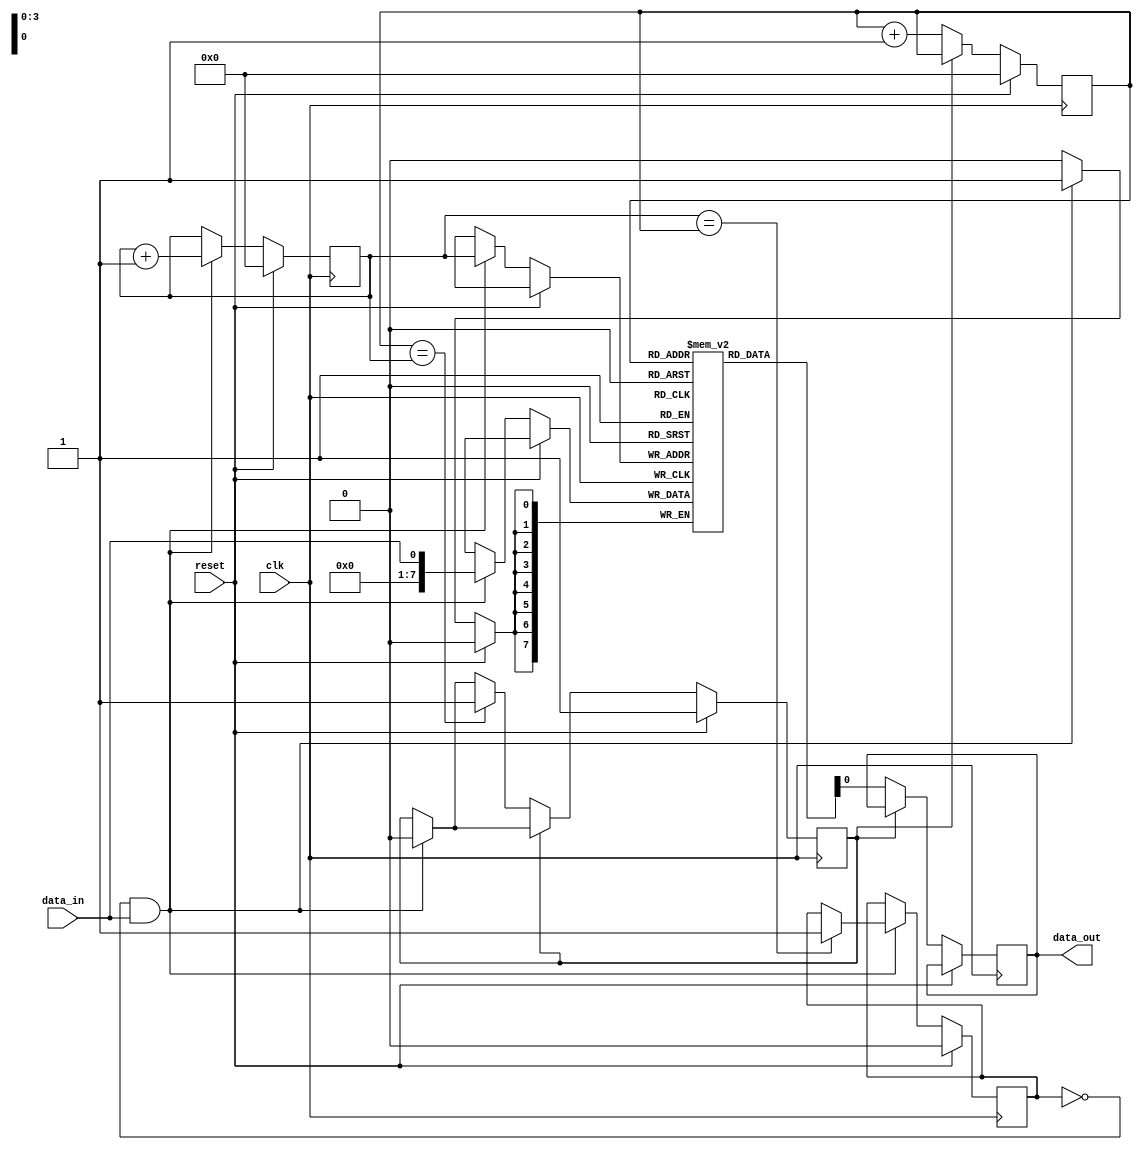
module non_blocking_fifo(
    input wire clk,
    input wire reset,
    input wire data_in,
    output reg data_out
);

reg [7:0] fifo [0:15];
reg [3:0] head = 0;
reg [3:0] tail = 0;
reg full = 0;
reg empty = 1;

always @(posedge clk) begin
    if (reset) begin
        head <= 0;
        tail <= 0;
        full <= 0;
        empty <= 1;
    end else begin
        if (!full && data_in) begin
            fifo[tail] <= data_in;
            tail <= tail + 1;
            empty <= 0;
            if (tail == head) begin
                full <= 1;
            end
        end
        if (!empty) begin
            data_out <= fifo[head];
            head <= head + 1;
            if (head == tail) begin
                empty <= 1;
            end
        end
    end
end

endmodule